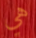
هي